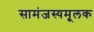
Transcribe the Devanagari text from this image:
सामंजस्यमूलक